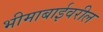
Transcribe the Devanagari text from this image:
भीमाबाईवरील